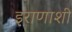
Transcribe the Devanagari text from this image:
इराणाशी